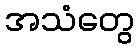
အသံတွေ